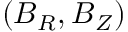
( \boldsymbol { B } _ { R } , \boldsymbol { B } _ { Z } )